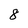
Character: 8